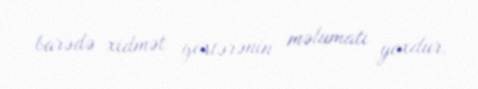
barədə xidmət göstərənin məlumatı yoxdur.